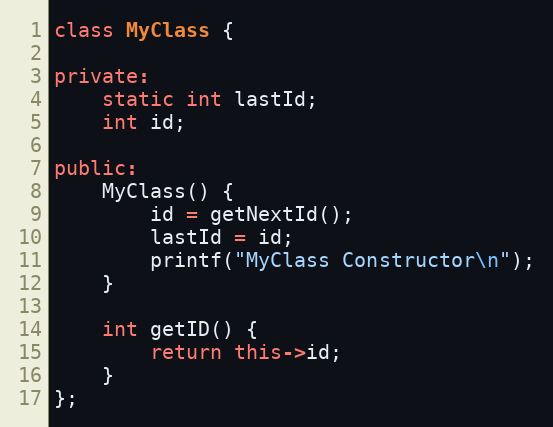
Language: C++
class MyClass {

private:
    static int lastId;
    int id;

public:
    MyClass() {
        id = getNextId();
        lastId = id;
        printf("MyClass Constructor\n");
    }

    int getID() {
        return this->id;
    }
};